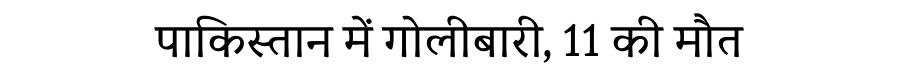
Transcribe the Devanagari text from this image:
पाकिस्तान में गोलीबारी, 11 की मौत